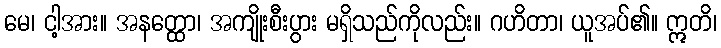
မေ၊ ငါ့အား။ အနတ္ထော၊ အကျိုးစီးပွား မရှိသည်ကိုလည်း။ ဂဟိတာ၊ ယူအပ်၏။ ဣတိ၊